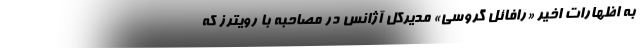
به اظهارات اخیر «رافائل گروسی» مدیرکل آژانس در مصاحبه با رویترز که